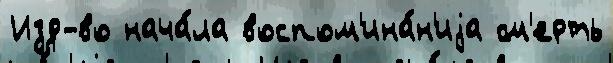
Изд-во нача́ла воспом'ина́н'иjа см'ерть